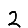
Digit: 2